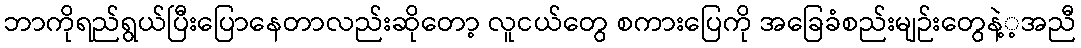
ဘာကိုရည်ရွယ်ပြီးပြောနေတာလည်းဆိုတော့ လူငယ်တွေ စကားပြေကို အခြေခံစည်းမျဉ်းတွေနဲ့့အညီ